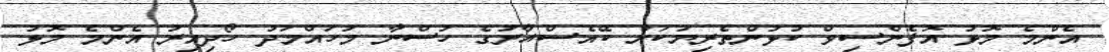
އެންމެ މޮޅު އޮފެންސިވް ކުޅުންތެރިޔަކަށް ކޭއެސްއާރުގެ ހުސްނާ މުހައްމަދު ހޯދިއިރު އެންމެ މޮޅު